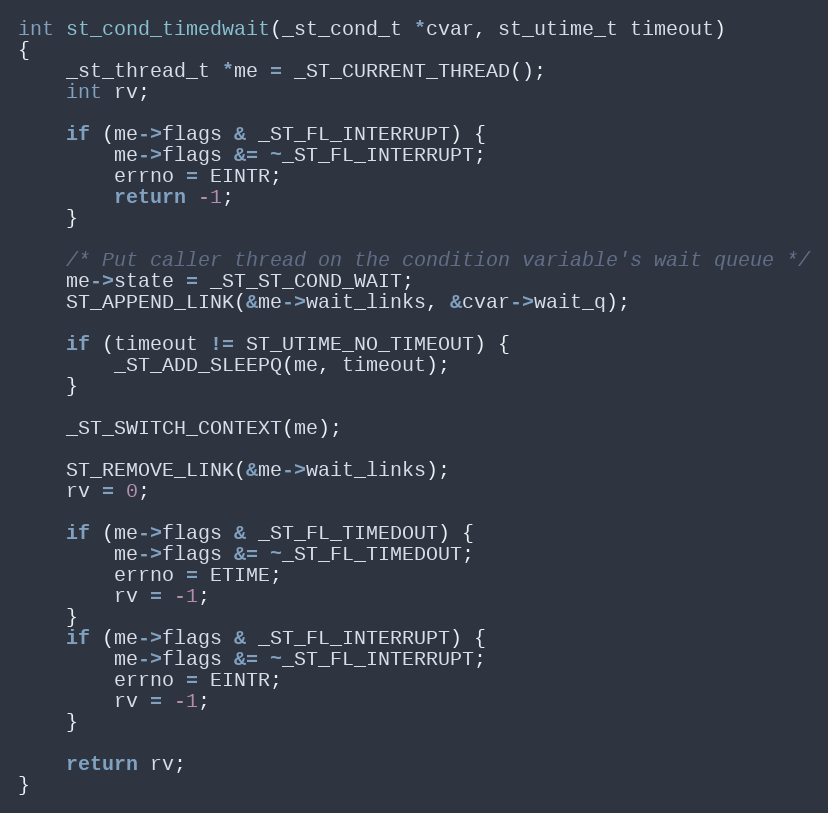
Language: C
int st_cond_timedwait(_st_cond_t *cvar, st_utime_t timeout)
{
    _st_thread_t *me = _ST_CURRENT_THREAD();
    int rv;

    if (me->flags & _ST_FL_INTERRUPT) {
        me->flags &= ~_ST_FL_INTERRUPT;
        errno = EINTR;
        return -1;
    }

    /* Put caller thread on the condition variable's wait queue */
    me->state = _ST_ST_COND_WAIT;
    ST_APPEND_LINK(&me->wait_links, &cvar->wait_q);

    if (timeout != ST_UTIME_NO_TIMEOUT) {
        _ST_ADD_SLEEPQ(me, timeout);
    }

    _ST_SWITCH_CONTEXT(me);

    ST_REMOVE_LINK(&me->wait_links);
    rv = 0;

    if (me->flags & _ST_FL_TIMEDOUT) {
        me->flags &= ~_ST_FL_TIMEDOUT;
        errno = ETIME;
        rv = -1;
    }
    if (me->flags & _ST_FL_INTERRUPT) {
        me->flags &= ~_ST_FL_INTERRUPT;
        errno = EINTR;
        rv = -1;
    }

    return rv;
}